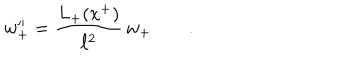
w _ { + } ^ { \prime \prime } = \frac { L _ { + } ( x ^ { + } ) } { \ell ^ { 2 } } \, w _ { + } \qquad .